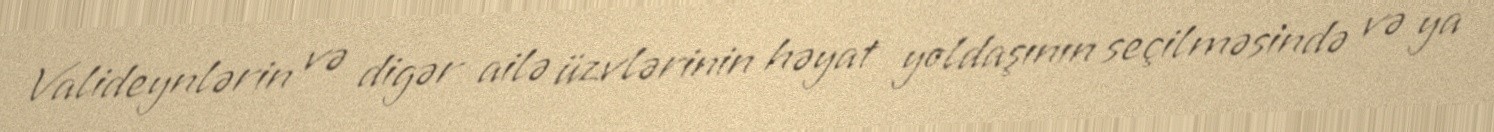
Valideynlərin və digər ailə üzvlərinin həyat yoldaşının seçilməsində və ya